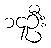
၁၄ဦး